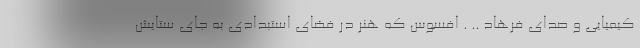
کیمیایی و صدای فرهاد .. . افسوس که هنر در فضای استبدادی به جای ستایش